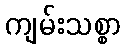
ကျမ်းသစ္စာ